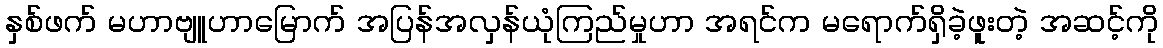
နှစ်ဖက် မဟာဗျူဟာမြောက် အပြန်အလှန်ယုံကြည်မှုဟာ အရင်က မရောက်ရှိခဲ့ဖူးတဲ့ အဆင့်ကို